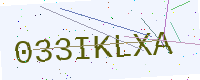
Text: 033IKLXA